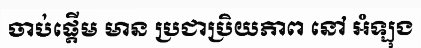
ចាប់ផ្តើម មាន ប្រជាប្រិយភាព នៅ អំឡុង